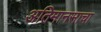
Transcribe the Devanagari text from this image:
अतिमानसाचा